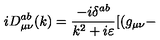
i D _ { \mu \nu } ^ { a b } ( k ) = \frac { - i \delta ^ { a b } } { k ^ { 2 } + i \varepsilon } [ ( g _ { \mu \nu } -